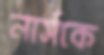
নার্সকে